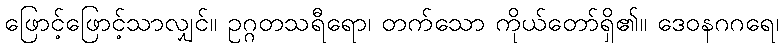
ဖြောင့်ဖြောင့်သာလျှင်။ ဥဂ္ဂတသရီရော၊ တက်သော ကိုယ်တော်ရှိ၏။ ဒေဝနဂဂရေ၊